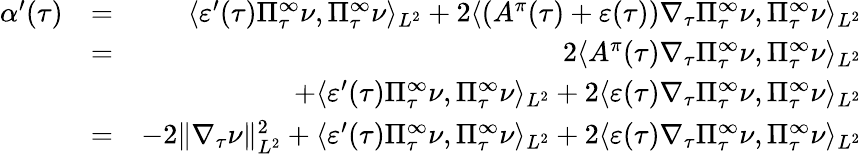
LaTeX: \begin{array}{rlr}{\alpha^{\prime}(\tau)}&{=}&{\langle\varepsilon^{\prime}(\tau)\Pi_{\tau}^{\infty}\nu,\Pi_{\tau}^{\infty}\nu\rangle_{L^{2}}+2\langle(A^{\pi}(\tau)+\varepsilon(\tau))\nabla_{\tau}\Pi_{\tau}^{\infty}\nu,\Pi_{\tau}^{\infty}\nu\rangle_{L^{2}}}\\ &{=}&{2\langle A^{\pi}(\tau)\nabla_{\tau}\Pi_{\tau}^{\infty}\nu,\Pi_{\tau}^{\infty}\nu\rangle_{L^{2}}}\\ &{}&{+\langle\varepsilon^{\prime}(\tau)\Pi_{\tau}^{\infty}\nu,\Pi_{\tau}^{\infty}\nu\rangle_{L^{2}}+2\langle\varepsilon(\tau)\nabla_{\tau}\Pi_{\tau}^{\infty}\nu,\Pi_{\tau}^{\infty}\nu\rangle_{L^{2}}}\\ &{=}&{-2\| \nabla_{\tau}\nu\| _{L^{2}}^{2}+\langle\varepsilon^{\prime}(\tau)\Pi_{\tau}^{\infty}\nu,\Pi_{\tau}^{\infty}\nu\rangle_{L^{2}}+2\langle\varepsilon(\tau)\nabla_{\tau}\Pi_{\tau}^{\infty}\nu,\Pi_{\tau}^{\infty}\nu\rangle_{L^{2}}}\end{array}